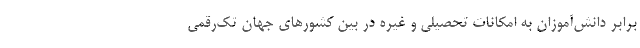
برابر دانش‌آموزان به امکانات تحصیلی و غیره در بین کشورهای جهان تک‌رقمی